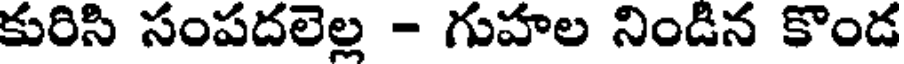
కురిసి సంపదలెల్ల - గుహల నిండిన కొండ